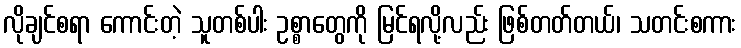
လိုချင်စရာ ကောင်းတဲ့ သူတစ်ပါး ဥစ္စာတွေကို မြင်ရလို့လည်း ဖြစ်တတ်တယ်၊ သတင်းစကား